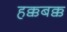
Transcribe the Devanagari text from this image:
हक्कबक्क